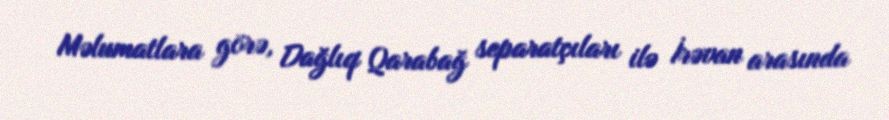
Məlumatlara görə, Dağlıq Qarabağ separatçıları ilə İrəvan arasında